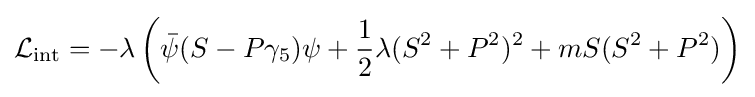
{\mathcal {L}}_{\text{int}}=-\lambda \left({\bar {\psi }}(S-P\gamma _{5})\psi +{\frac {1}{2}}\lambda (S^{2}+P^{2})^{2}+mS(S^{2}+P^{2})\right)